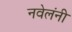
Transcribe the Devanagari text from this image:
नवेलंनी